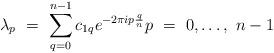
LaTeX: \begin{align*}\lambda_p\ =\ \sum_{q=0}^{n-1} c_{1q}e^{-2\pi i p \frac{q}{n}} p\ =\ 0,\ldots,\ n-1\end{align*}